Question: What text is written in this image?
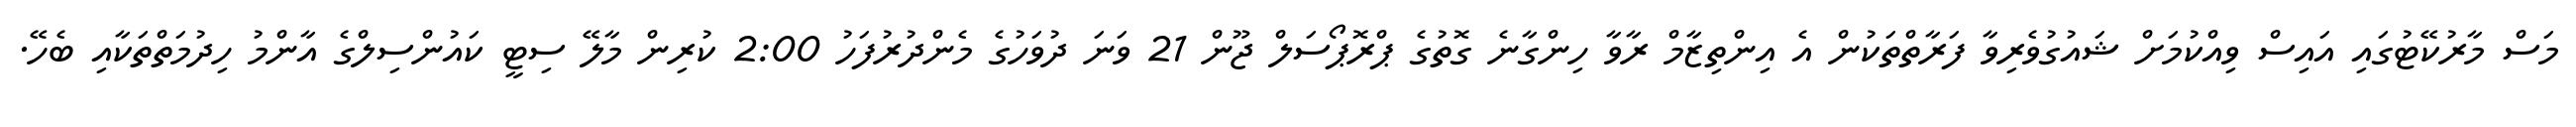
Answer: މަސް މާރުކޭޓުގައި އައިސް ވިއްކުމަށް ޝައުގުވެރިވާ ފަރާތްތަކުން އެ އިންތިޒާމް ރާވާ ހިންގާނެ ގޮތުގެ ޕްރޮޕޯސަލް ޖޫން 21 ވަނަ ދުވަހުގެ މެންދުރުފަހު 2:00 ކުރިން މާލޭ ސިޓީ ކައުންސިލްގެ އާންމު ހިދުމަތްތަކާއި ބެހޭ.